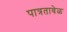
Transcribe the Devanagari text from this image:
पात्रतावेळ